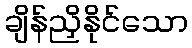
ချိန်ညှိနိုင်သော